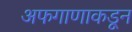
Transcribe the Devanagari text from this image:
अफगाणाकडून